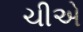
ચીએ